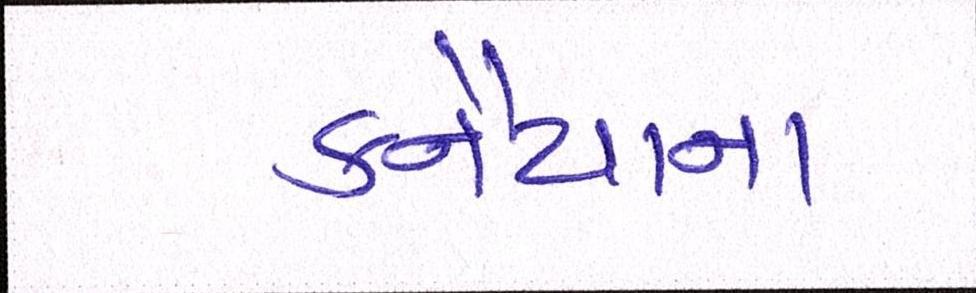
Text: કનૈયાના